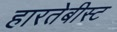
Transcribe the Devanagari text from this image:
हारतेबीस्ट